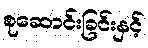
စုဆောင်းခြင်းနှင့်